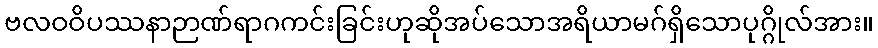
ဗလဝဝိပဿနာဉာဏ်ရာဂကင်းခြင်းဟုဆိုအပ်သောအရိယာမဂ်ရှိသောပုဂ္ဂိုလ်အား။